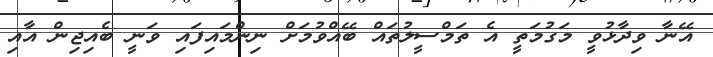
އޭނާ ވިދާޅުވީ މަގުމަތީ އެ ތަމްސީލުތައް ބޭއްވުމަށް ނިންމައިފައި ވަނީ ބެއިޖިން އާއި